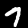
Digit: 7